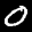
Label: 0